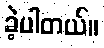
ခဲ့ပါတယ်။